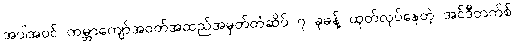
အပါအဝင် ကမ္ဘာကျော်အဝတ်အထည်အမှတ်တံဆိပ် ၇ ခုခန့် ထုတ်လုပ်နေတဲ့ အင်ဒီတက်စ်